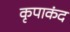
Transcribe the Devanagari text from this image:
कृपाकंद